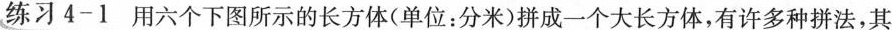
练习4-1用六个下图所示的长方体(单位：分米)拼成一个大长方体，有许多种拼法，其